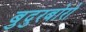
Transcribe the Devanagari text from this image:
बुदुरबोरो